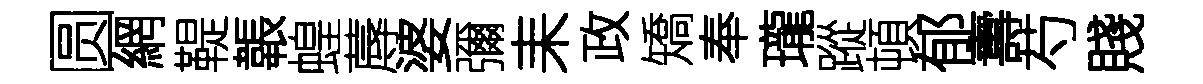
圆網鞮韔蝗蓐婆彌耒政矯奉瓏蹤頓郁夀芍賤